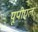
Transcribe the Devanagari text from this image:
यूपीएल